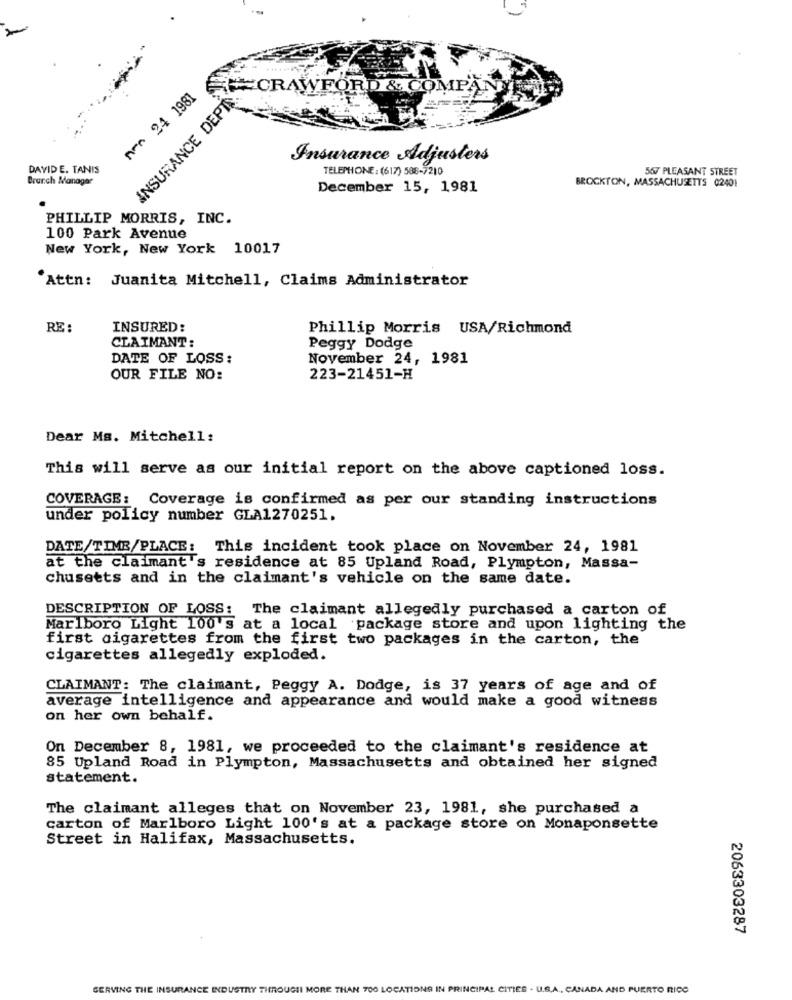
CRAWFORD & COMPAT
pro 24 1981
INSURANCE DEPIN
Insurance Adjusters
DAVID E. TANIS
TELEPHONE: (617) 588-7210
567 PLEASANT STREET
Branch Manager
December 15, 1981
BROCKTON, MASSACHUSETTS 02401
PHILLIP MORRIS, INC.
100 Park Avenue
New York, New York 10017
"Attn: Juanita Mitchell, Claims Administrator
RE :
INSURED:
Phillip Morris USA/Richmond
CLAIMANT:
Peggy Dodge
DATE OF LOSS:
November 24, 1981
OUR FILE NO:
223-21451-H
Dear Ms. Mitchell:
This will serve as our initial report on the above captioned loss.
COVERAGE: Coverage is confirmed as per our standing instructions
under policy number GLA1270251.
DATE/TIME/PLACE: This incident took place on November 24, 1981
at the claimant's residence at 85 Upland Road, Plympton, Massa-
chusetts and in the claimant's vehicle on the same date.
DESCRIPTION OF LOSS: The claimant allegedly purchased a carton of
Marlboro Light 100's at a local package store and upon lighting the
first cigarettes from the first two packages in the carton, the
cigarettes allegedly exploded.
CLAIMANT: The claimant, Peggy A. Dodge, is 37 years of age and of
average intelligence and appearance and would make a good witness
on her own behalf.
On December 8, 1981, we proceeded to the claimant's residence at
85 Upland Road in Plympton, Massachusetts and obtained her signed
statement.
The claimant alleges that on November 23, 1981, she purchased a
carton of Marlboro Light 100's at a package store on Monaponsette
Street in Halifax, Massachusetts.
2063303287
SERVING THE INSURANCE INDUSTRY THROUGHI MORE THAN 700 LOCATIONS IN PRINCIPAL CITIES - U.S.A ., CANADA AND PUERTO RICO